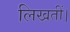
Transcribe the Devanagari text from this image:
लिखतीं।